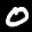
Label: 0